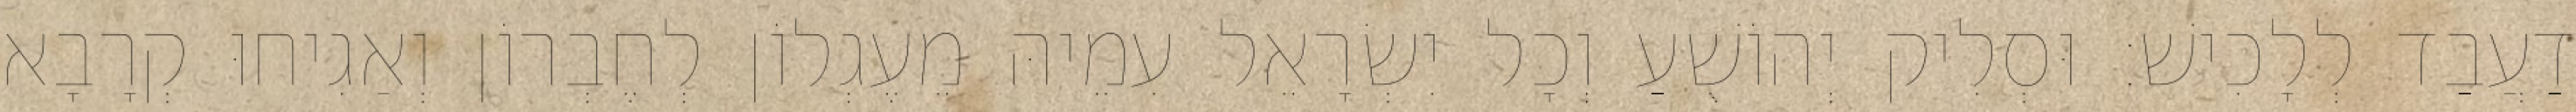
דַעֲבַד לְלָכִישׁ׃ וּסְלִיק יְהוֹשֻׁעַ וְכָל יִשְׂרָאֵל עִמֵיהּ מֵעֶגְלוֹן לְחֶבְרוֹן וְאַגִיחוּ קְרָבָא